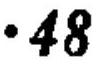
$\cdot 48$